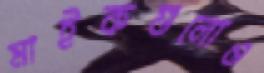
মাইকগুলোও